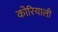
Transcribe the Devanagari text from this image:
कोरियाली